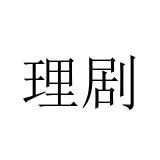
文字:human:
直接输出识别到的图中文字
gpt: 理剧